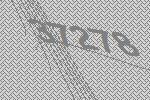
37278